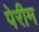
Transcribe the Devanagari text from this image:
पेरीम